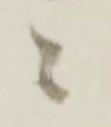
ニ